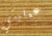
عمليتي